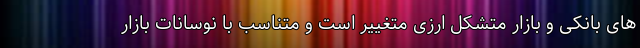
های بانکی و بازار متشکل ارزی متغییر است و متناسب با نوسانات بازار